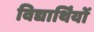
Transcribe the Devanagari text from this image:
विद्यार्थिंयों